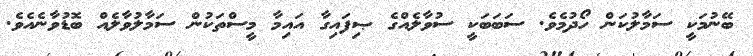
ބޭނުމަކީ ސަމާލުކަން ހޯދުމެވެ. ސަބަބަކީ ސުވާލެއްގެ ޞިފައިގާ އައިމާ މީސްތަކުން ސަމާލުވާލެއް ބޮޑުވާނެއެވެ.